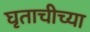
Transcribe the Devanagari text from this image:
घृताचीच्या